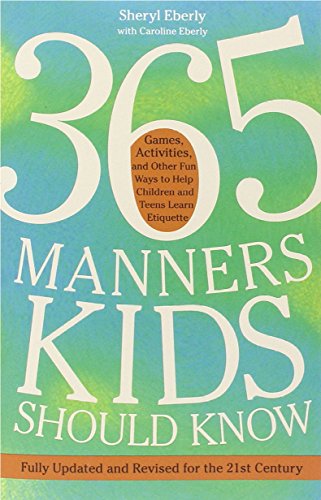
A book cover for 365 Manners Kids Should Know: Games, Activities, and Other Fun Ways to Help Children and Teens Learn Etiquette; Sheryl Eberly; Parenting & Relationships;